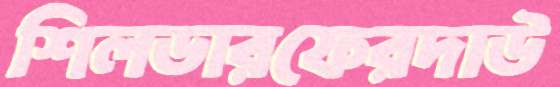
শিলডারফেরদাউ